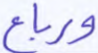
ورباع